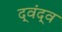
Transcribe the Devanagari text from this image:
द्‍वंद्‍व